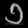
Digit: ၁